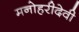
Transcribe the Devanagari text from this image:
मनोहरीदेवी